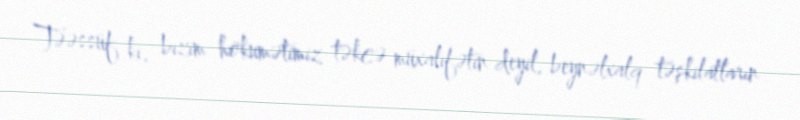
Təəssüf ki, bizim hökumətimiz təkcə müxalifətin deyil, beynəlxalq təşkilatların